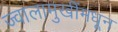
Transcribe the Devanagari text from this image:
ज्वालामुखींमधून